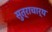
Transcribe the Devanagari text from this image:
सुत्राचार्य